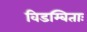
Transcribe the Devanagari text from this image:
विडम्बिताः